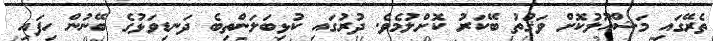
ތެރޭގައި މަޝްޣޫލުކޮށް ވަޤުތު ބޭކަރު ކޮށްލުމެވެ. ދުރުގައި ކުޅިބަލަންތިބެ ދަނޑިވަޅުގެ ބޭނުން ހިފައި